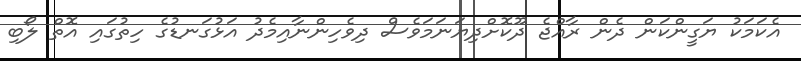
އެކަމަކު ޔަގީންކަން ދެން ރާއްޖެ ދޫކޮށްދިޔަނަމަވެސް ދިވެހިންނާއިމެދު އަޅުގަނޑުގެ ހިތުގައި އޮތް ލޯބި